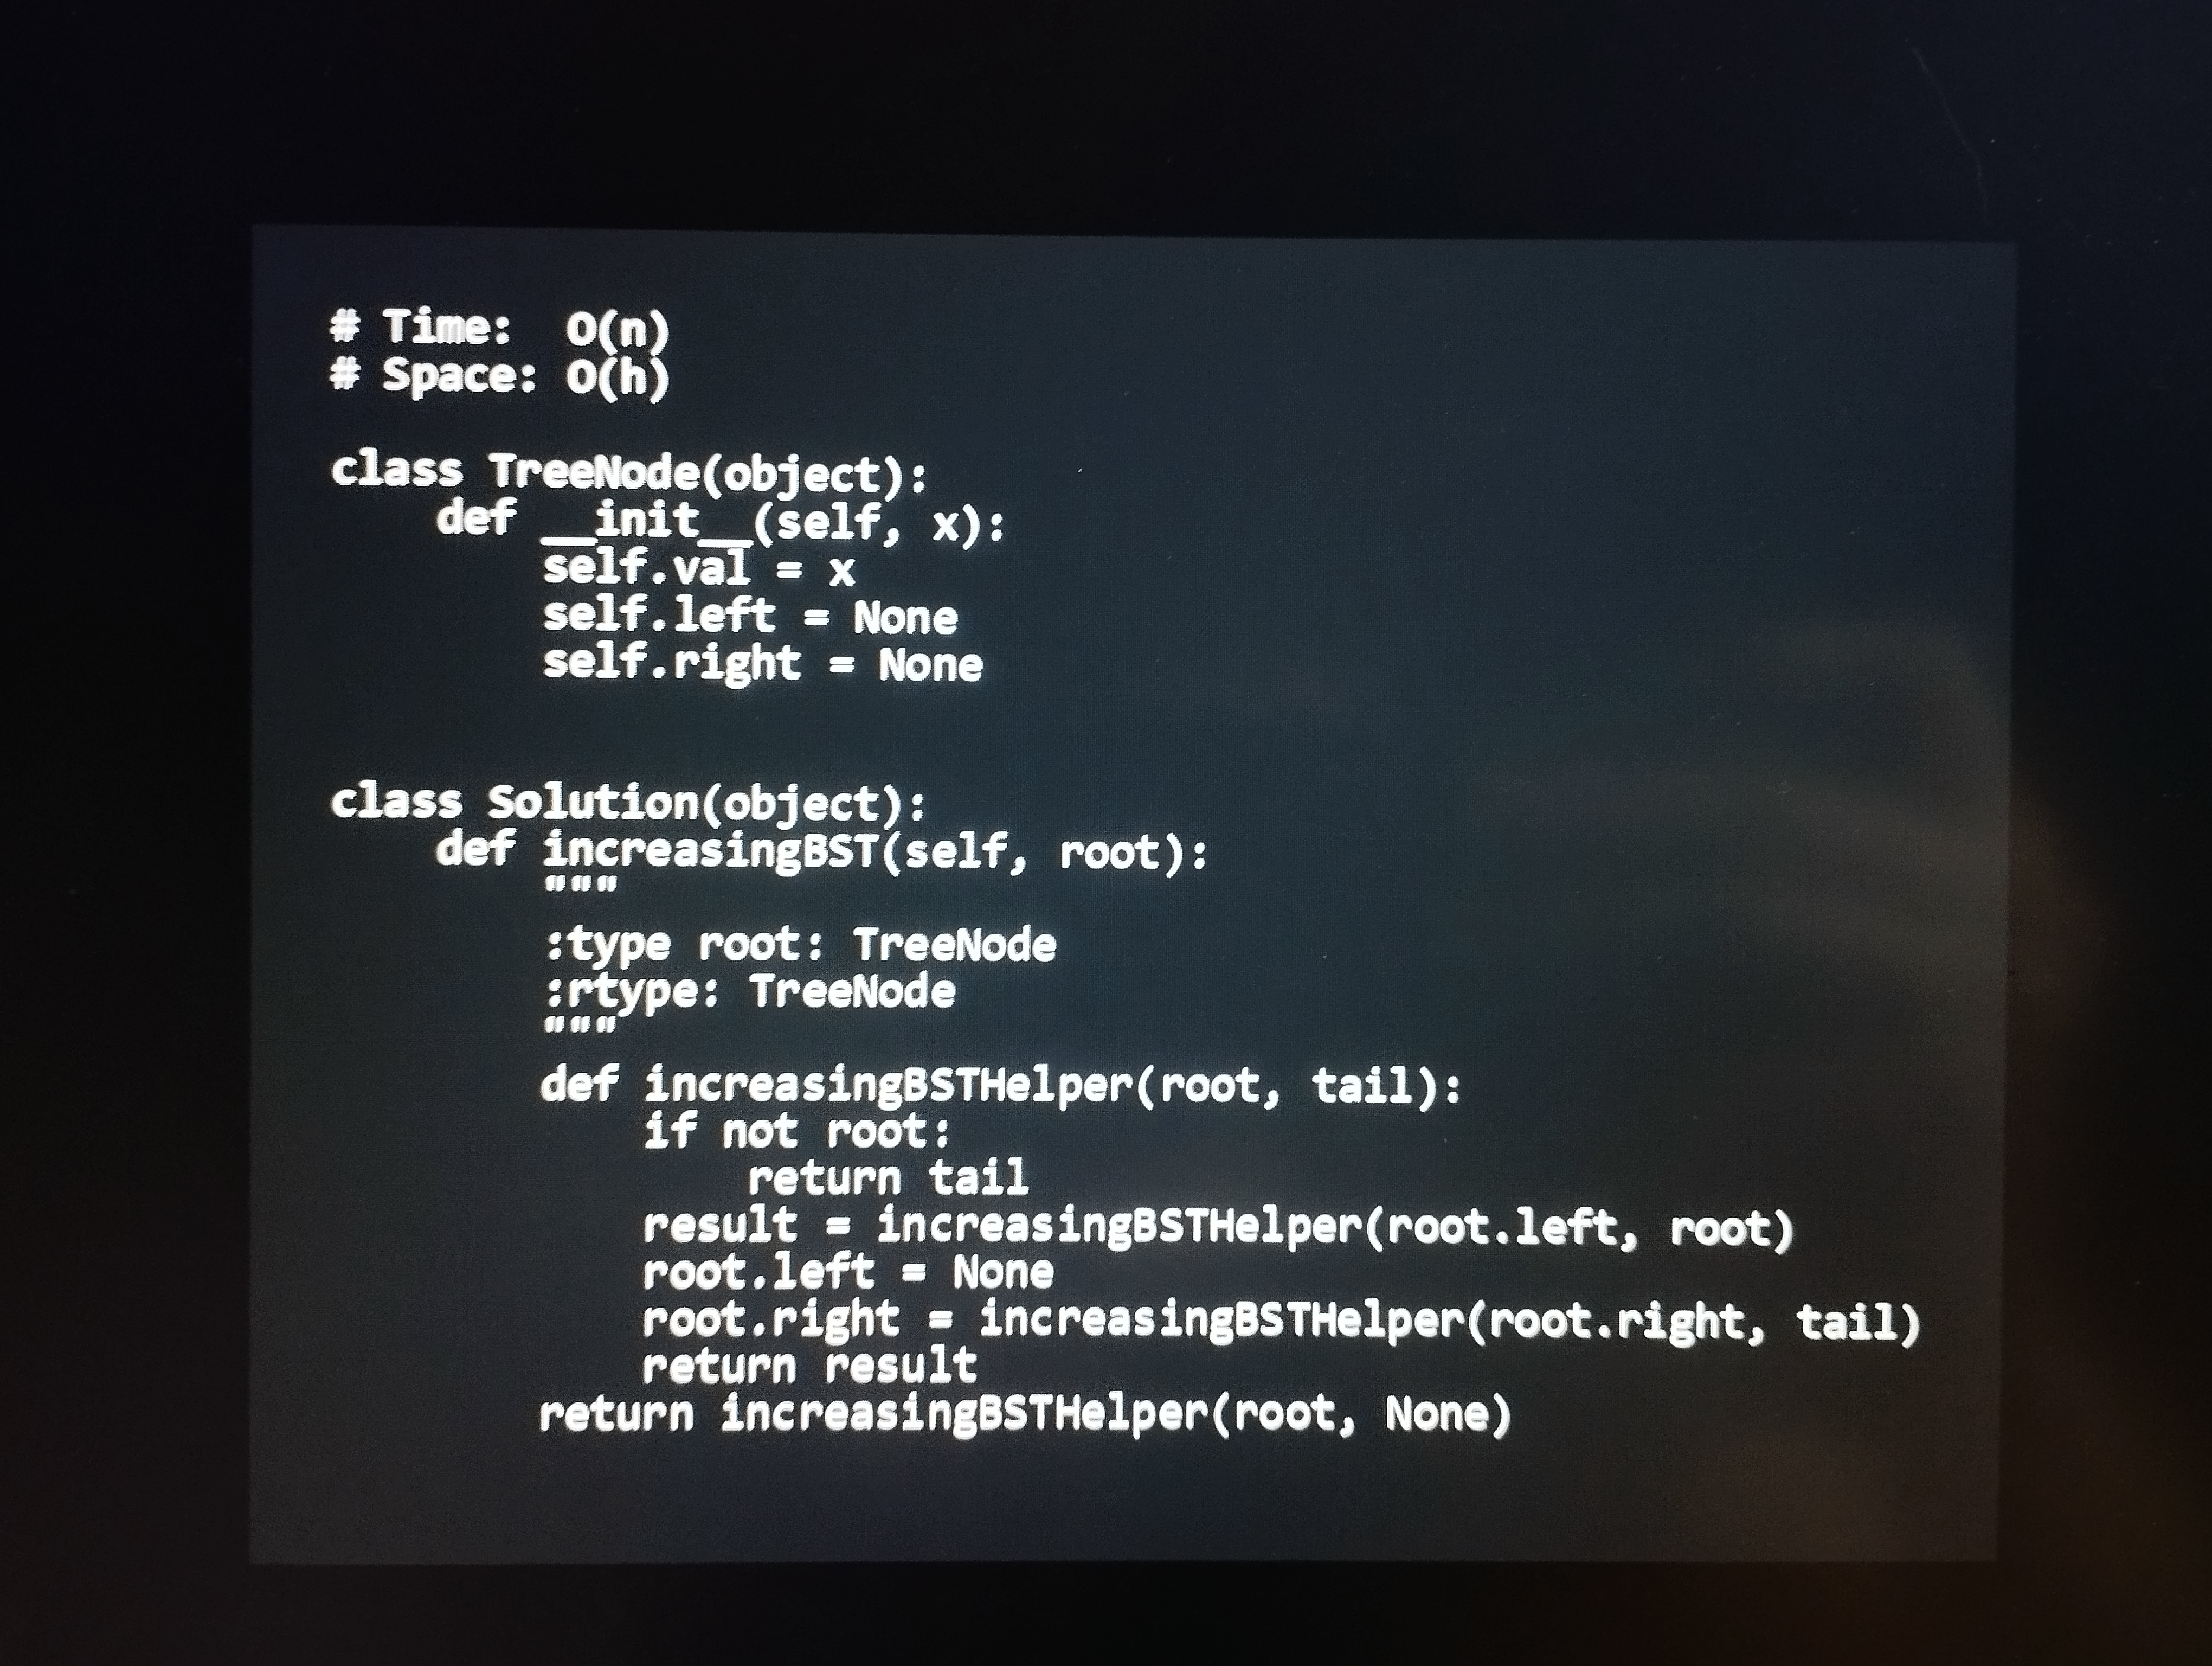
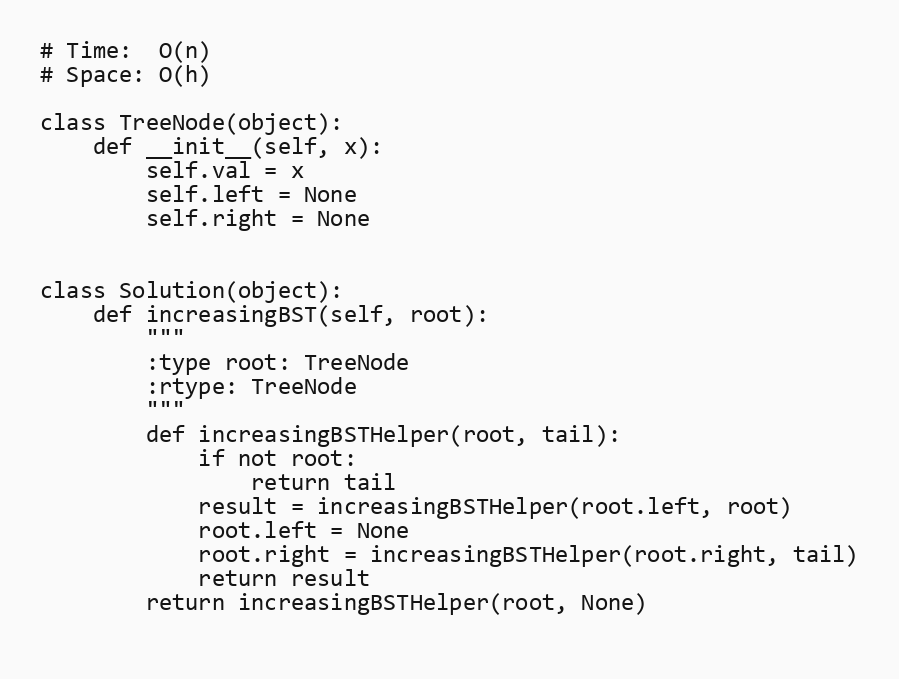
# Time:  O(n)
# Space: O(h)

class TreeNode(object):
    def __init__(self, x):
        self.val = x
        self.left = None
        self.right = None

class Solution(object):
    def increasingBST(self, root):
        """
        :type root: TreeNode
        :rtype: TreeNode
        """
        def increasingBSTHelper(root, tail):
            if not root:
                return tail
            result = increasingBSTHelper(root.left, root)
            root.left = None
            root.right = increasingBSTHelper(root.right, tail)
            return result
        return increasingBSTHelper(root, None)